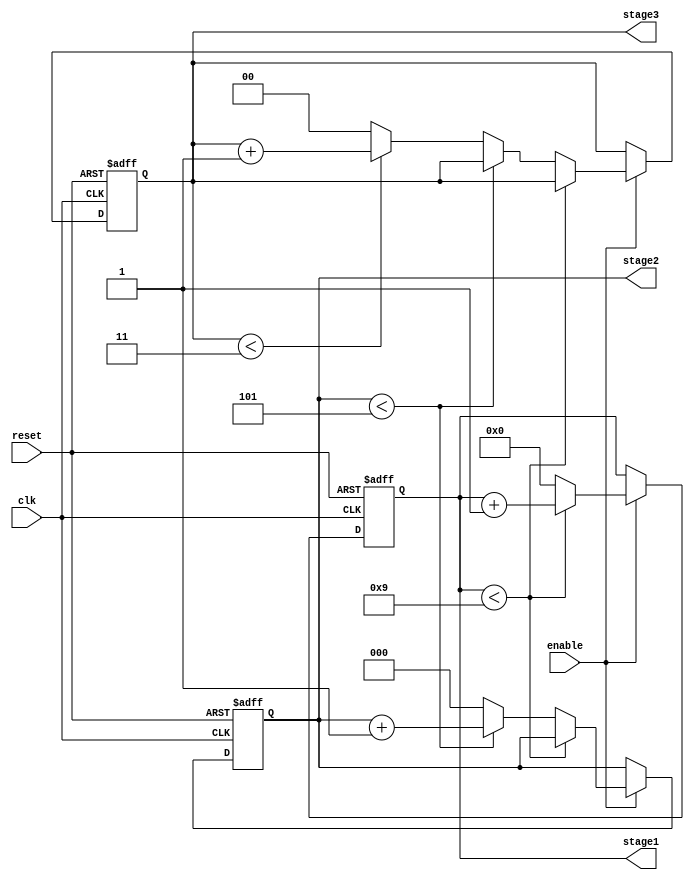
module mixed_radix_counter (
    input wire clk,          // Clock input
    input wire reset,        // Asynchronous reset
    input wire enable,       // Enable signal
    output reg [3:0] stage1, // Stage 1 (Radix 10)
    output reg [2:0] stage2, // Stage 2 (Radix 6)
    output reg [1:0] stage3  // Stage 3 (Radix 4)
);

// Maximum values for each stage based on their radix
localparam STAGE1_MAX = 10; // Radix 10
localparam STAGE2_MAX = 6;  // Radix 6
localparam STAGE3_MAX = 4;  // Radix 4

always @(posedge clk or posedge reset) begin
    if (reset) begin
        // Reset all stages to zero
        stage1 <= 0;
        stage2 <= 0;
        stage3 <= 0;
    end else if (enable) begin
        // Increment the least significant stage (stage1)
        if (stage1 < STAGE1_MAX - 1) begin
            stage1 <= stage1 + 1;
        end else begin
            stage1 <= 0; // Reset stage1
            // Increment stage2
            if (stage2 < STAGE2_MAX - 1) begin
                stage2 <= stage2 + 1;
            end else begin
                stage2 <= 0; // Reset stage2
                // Increment stage3
                if (stage3 < STAGE3_MAX - 1) begin
                    stage3 <= stage3 + 1;
                end else begin
                    stage3 <= 0; // Reset stage3
                end
            end
        end
    end
end

endmodule